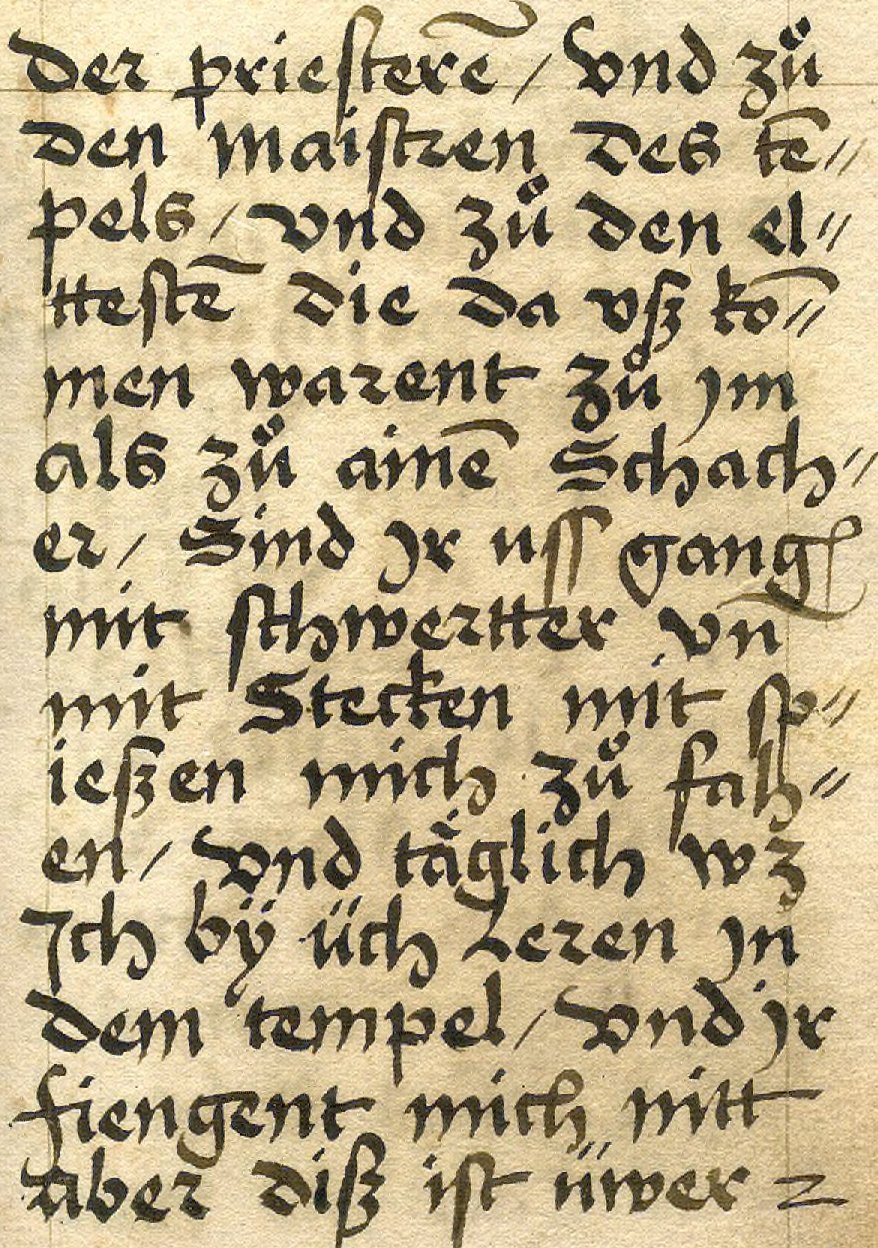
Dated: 1533–1565